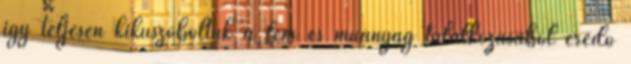
így teljesen kiküszöböltük a fém és műanyag találkozásából eredő